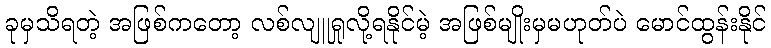
ခုမှသိရတဲ့ အဖြစ်ကတော့ လစ်လျူရှုလို့ရနိုင်မဲ့ အဖြစ်မျိုးမှမဟုတ်ပဲ မောင်ထွန်းနိုင်